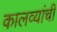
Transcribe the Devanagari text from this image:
कालव्यांची